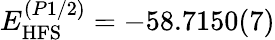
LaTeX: E_{\mathrm{HFS}}^{(P1/2)}=-58.7150(7)